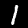
Digit: 1